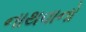
નાથવાનો